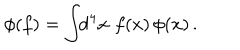
\phi ( f ) = \int \! \! \mathrm { d } ^ { 4 } x \, \, f ( x ) \, \phi ( x ) \, .